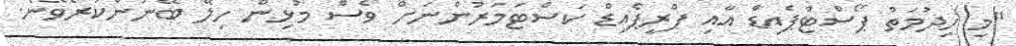
"މި ހިދުމަތް ޕޯސްޓްޕެއިޑް އާއި ޕްރީޕެއިޑް ކަސްޓަމަރުންނަށް ވެސް މުޅިން ހިލޭ ބޭނުންކުރެވޭނެ.